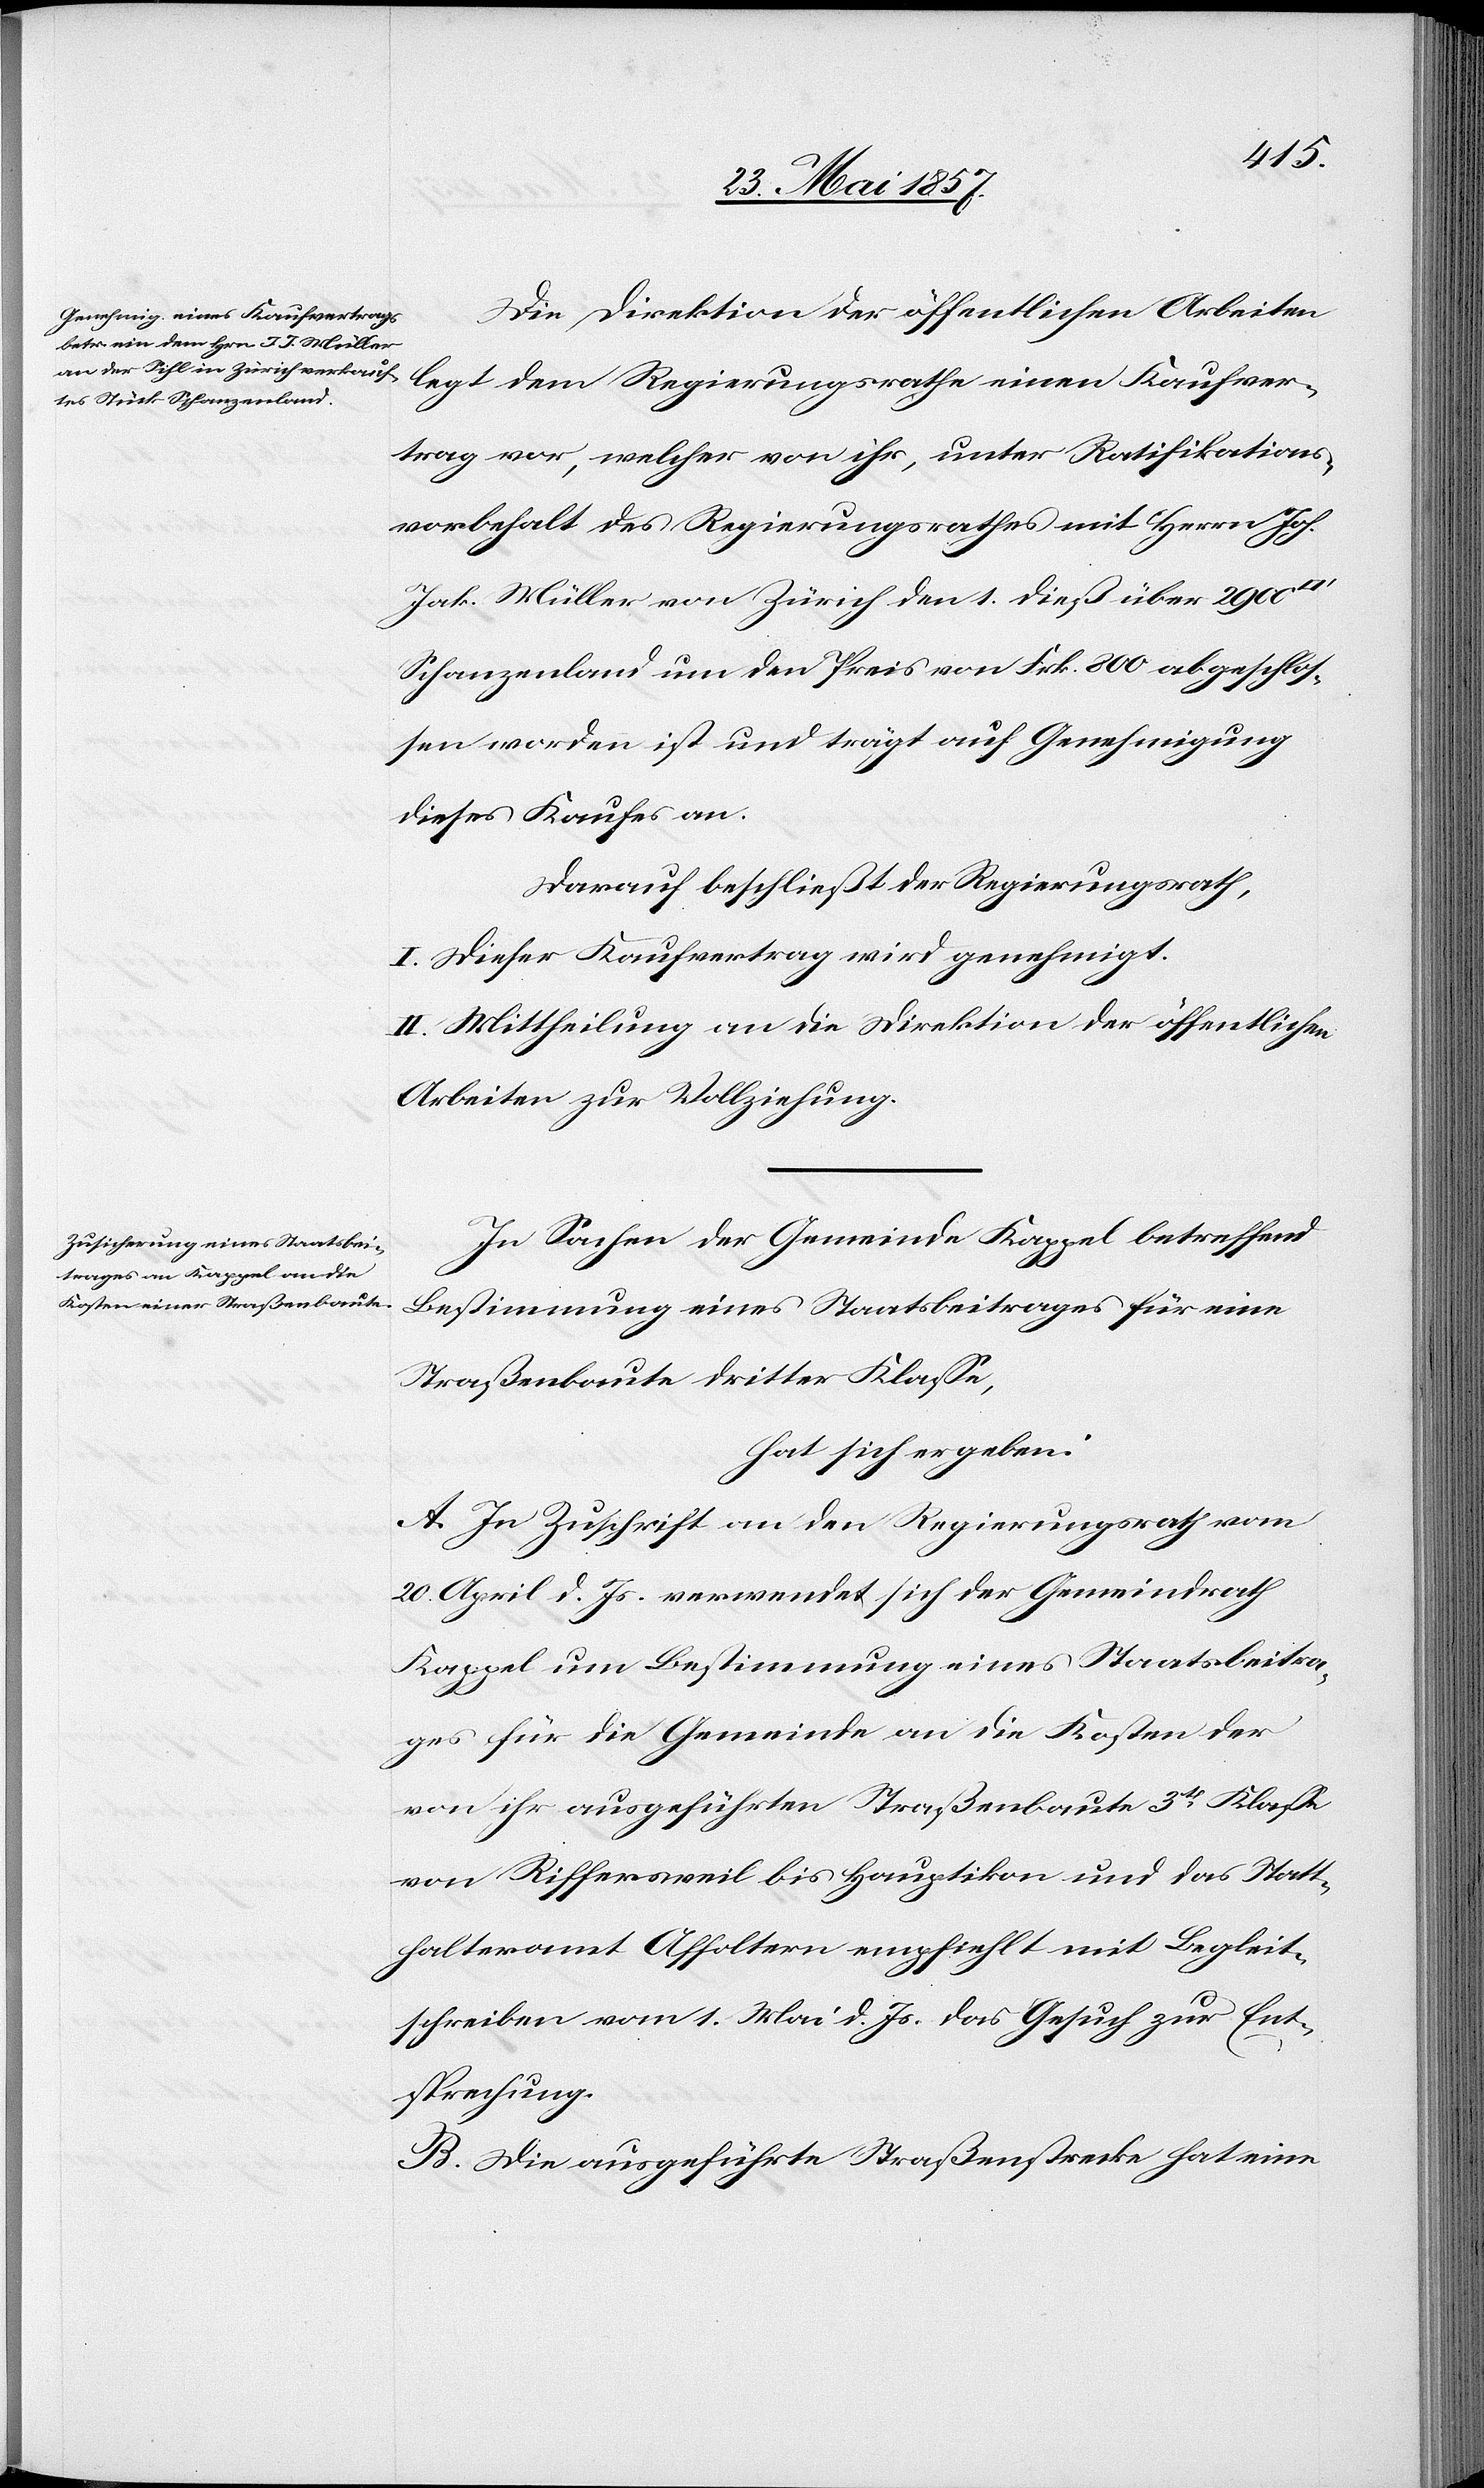
Die Direktion der öffentlichen Arbeiten
legt dem Regierungsrath einen Kaufver¬
trag vor, welcher von ihr, unter Ratifikations¬
vorbehalt des Regierungsrathes mit Herrn Joh.
Jak. Müller von Zürich den 1 dieß über 2900
Schanzenland um den Preis von Frk. 800 abgeschlos¬
sen worden ist und trägt auf Genehmigung
dieses Kaufes an.
Darauf beschließt der Regierungsrath,
I. Dieser Kaufvertrag wird genehmigt.
II. Mittheilung an die Direktion der öffentlichen
Arbeiten zur Vollziehung.
In Sachen der Gemeinde Kappel betreffend
Bestimmung eines Staatsbeitrages für eine
Straßenbaute dritter Klasse,
hat sich ergeben:
A. In Zuschrift an den Regierungsrath vom
20 April d. Js. verwendet sich der Gemeindrath
Kappel um Bestimmung eines Staatsbeitra¬
ges für die Gemeinde an die Kosten der
von ihr ausgeführten Straßenbaute 3tr Klasse
von Riffersweil bis Hauptikon und das Statt¬
halteramt Affoltern empiehlt mit Begleit¬
schreiben vom 1 Mai d. Js. das Gesuch zur Ent¬
sprechung.
B. Die ausgeführte Straßenstrecke hat eine